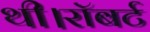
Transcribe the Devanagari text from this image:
थी।रॉबर्ट